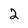
Character: 2